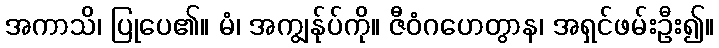
အကာသိ၊ ပြုပေ၏။ မံ၊ အကျွန်ုပ်ကို။ ဇီဝံဂဟေတွာန၊ အရှင်ဖမ်းဦး၍။